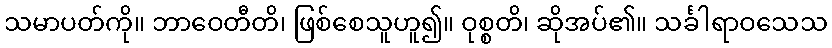
သမာပတ်ကို။ ဘာဝေတီတိ၊ ဖြစ်စေသူဟူ၍။ ဝုစ္စတိ၊ ဆိုအပ်၏။ သင်္ခါရာဝသေသ